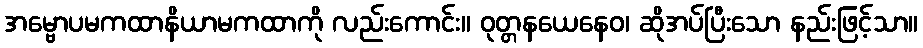
အမ္ဗောပမကထာနိယာမကထာကို လည်းကောင်း။ ဝုတ္တနယေနေဝ၊ ဆိုအပ်ပြီးသော နည်းဖြင့်သာ။